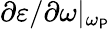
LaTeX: \partial\varepsilon/\partial\omega|_{\omega_{\mathsf{P}}}